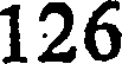
126